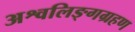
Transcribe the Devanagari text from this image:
अश्वलिङ्गग्रहण